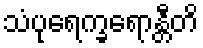
သံပုရေက္ခရောန္တီတိ